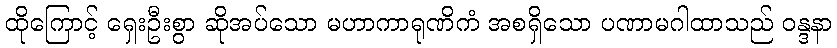
ထိုကြောင့် ရှေးဦးစွာ ဆိုအပ်သော မဟာကာရုဏိကံ အစရှိသော ပဏာမဂါထာသည် ဝန္ဒနာ